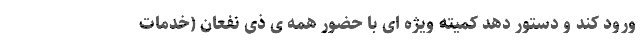
ورود کند و دستور دهد کمیته ویژه ای با حضور همه ی ذی نفعان (خدمات